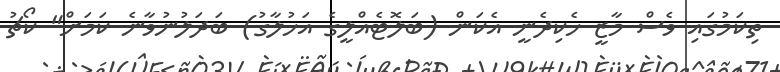
ތިކަމުގައި ވެސް މާޒީ ހެކިދެނީ އެކަން (ބަލޮޓެއްލީގެ އަހުލާގު) ބަދަލުނުވާނެ ކަމަށް" ކޯޗު